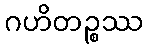
ဂဟိတဉ္စဿ